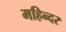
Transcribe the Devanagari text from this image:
महिन्दर